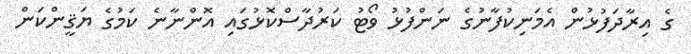
ގެ އިރާދަފުޅުން އެމަނިކުފާނުގެ ނަންފުޅު ވޯޓު ކަރުދާސްކޮޅުގައި އޮންނާނެ ކަމުގެ ޔަޤީންކަން